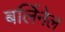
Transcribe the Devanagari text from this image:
बर्लिनेल